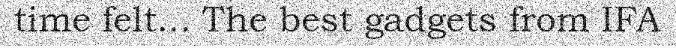
time felt... The best gadgets from IFA